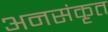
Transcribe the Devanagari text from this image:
अनसंकृत